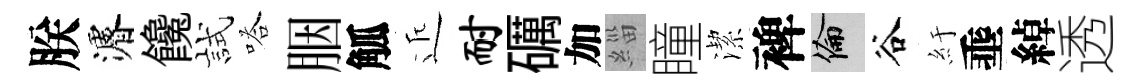
朕濬饞試嗒胭觚近耐礪加緇瞳潔裨倫谷紆埀綽透